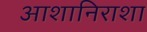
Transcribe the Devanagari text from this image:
आशानिराशा